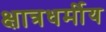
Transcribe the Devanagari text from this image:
क्षात्रधर्मीय